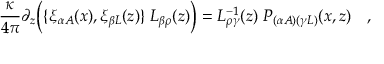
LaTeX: { \frac { \kappa } { 4 \pi } } \partial _ { z } \Bigl ( \{ \xi _ { \alpha A } ( x ) , \xi _ { \beta L } ( z ) \} \; L _ { \beta \rho } ( z ) \Bigr ) = L _ { \rho \gamma } ^ { - 1 } ( z ) \; P _ { ( \alpha A ) ( \gamma L ) } ( x , z ) \quad ,